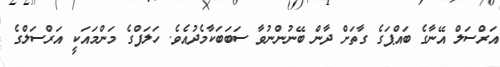
އަރްސަލް އޭނާގެ ބައްޕަގެ ގާތަށް ދާން ބޭނުންނުވާ ސަބަބަކާމެދުއެވެ. ހަލަފްގެ މަންމައަކީ އަރްސަލްގެ